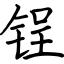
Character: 锃